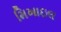
મિખાઇલ